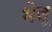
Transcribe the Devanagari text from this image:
भेलू